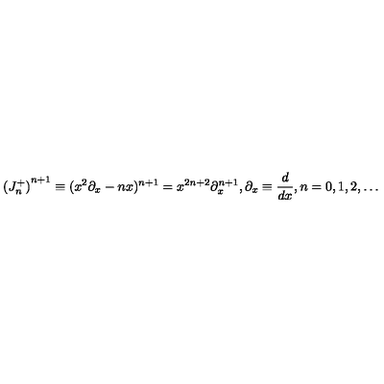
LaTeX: { ( J _ { n } ^ { + } ) } ^ { n + 1 } \equiv ( x ^ { 2 } \partial _ { x } - n x ) ^ { n + 1 } = x ^ { 2 n + 2 } \partial _ { x } ^ { n + 1 } , \partial _ { x } \equiv { \frac { d } { d x } } , n = 0 , 1 , 2 , \ldots